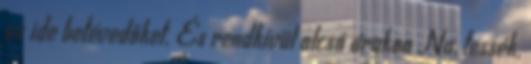
az ide betévedőket. És rendkívül olcsó árakon Na, tessék,